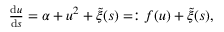
\begin{array} { r } { \frac { \mathrm { d } u } { \mathrm { d } s } = \alpha + u ^ { 2 } + \tilde { \xi } ( s ) = : f ( u ) + \tilde { \xi } ( s ) , } \end{array}